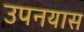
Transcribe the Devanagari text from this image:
उपनयास